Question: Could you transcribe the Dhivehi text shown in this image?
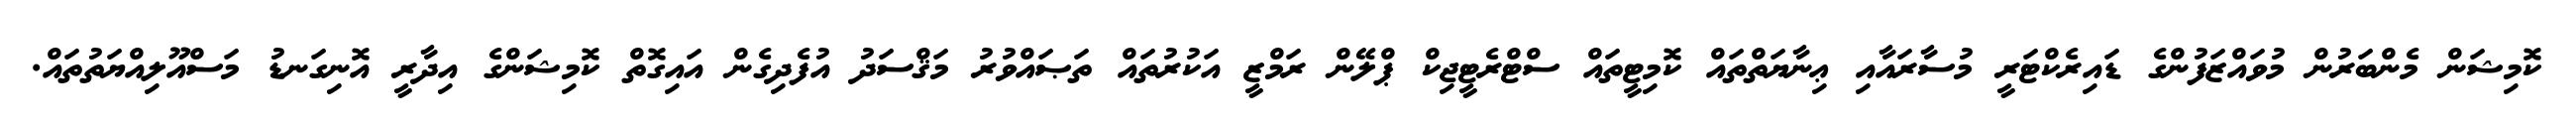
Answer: ކޮމިޝަން މެންބަރުން މުވައްޒަފުންގެ ޑައިރެކްޓަރީ މުސާރައާއި ޢިނާޔަތްތައް ކޮމިޓީތައް ސްޓްރެޓީޖިކް ޕްލޭން ރަމްޒީ އަކުރުތައް ތަޞައްވުރު މަޤްސަދު އުފެދިގެން އައިގޮތް ކޮމިޝަންގެ އިދާރީ އޮނިގަނޑު މަސްއޫލިއްޔަތުތައް.